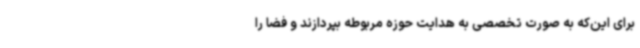
برای این‌که به صورت تخصصی به هدایت حوزه‌ مربوطه بپردازند و فضا را